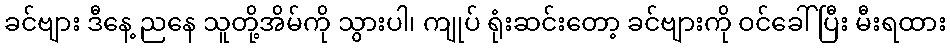
ခင်ဗျား ဒီနေ့ ညနေ သူတို့အိမ်ကို သွားပါ၊ ကျုပ် ရုံးဆင်းတော့ ခင်ဗျားကို ဝင်ခေါ်ပြီး မီးရထား